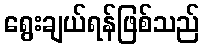
ရွေးချယ်ရန်ဖြစ်သည်